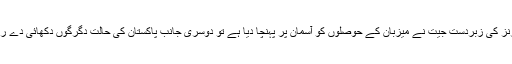
119 رنز کی زبردست جیت نے میزبان کے حوصلوں کو آسمان پر پہنچا دیا ہے تو دوسری جانب پاکستان کی حالت دگرگوں دکھائی دے رہی ہے۔